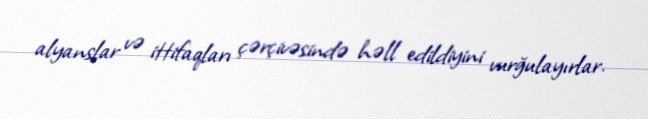
alyanslar və ittifaqları çərçivəsində həll edildiyini vurğulayırlar.